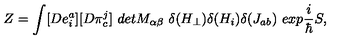
Z = \int [ D e _ { i } ^ { a } ] [ D \pi _ { c } ^ { j } ] \ d e t M _ { \alpha \beta } \ \delta ( H _ { \perp } ) \delta ( H _ { i } ) \delta ( J _ { a b } ) \ e x p \frac { i } { \hbar } S ,